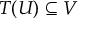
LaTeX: T ( U ) \subseteq V